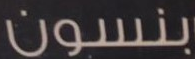
بنسون